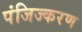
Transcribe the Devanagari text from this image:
पंजिज्करण